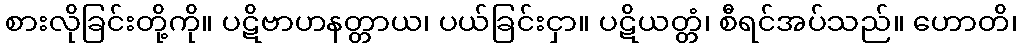
စားလိုခြင်းတို့ကို။ ပဋိဗာဟနတ္တာယ၊ ပယ်ခြင်းငှာ။ ပဋိယတ္တံ၊ စီရင်အပ်သည်။ ဟောတိ၊